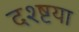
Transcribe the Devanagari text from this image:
दश्ष्टया